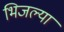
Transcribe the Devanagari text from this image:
भिजल्या